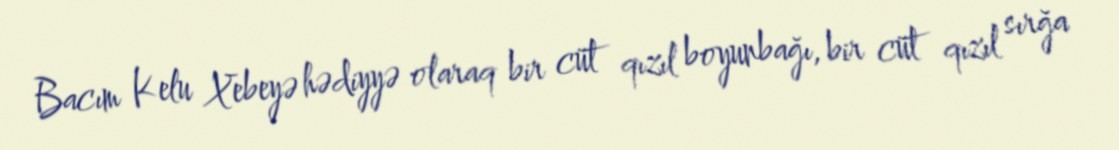
Bacım Kelu Xebeyə hədiyyə olaraq bir cüt qızıl boyunbağı, bir cüt qızıl sırğa